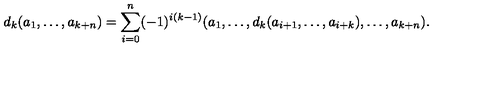
d _ { k } ( a _ { 1 } , \ldots , a _ { k + n } ) = \sum _ { i = 0 } ^ { n } ( - 1 ) ^ { i ( k - 1 ) } ( a _ { 1 } , \ldots , d _ { k } ( a _ { i + 1 } , \ldots , a _ { i + k } ) , \ldots , a _ { k + n } ) .